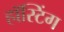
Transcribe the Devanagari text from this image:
हॉस्टिंग